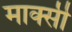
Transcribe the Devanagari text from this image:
मार्क्सी